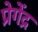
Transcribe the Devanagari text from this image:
प्रेगेंद्र